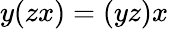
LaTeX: y(zx)=(yz)x